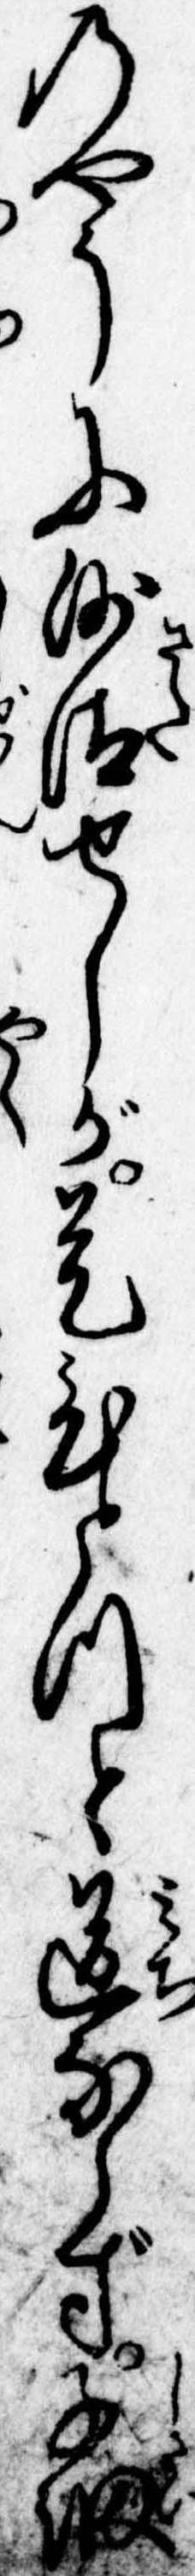
のやうに沙汰せしが是ひとつと道ならず子細